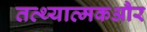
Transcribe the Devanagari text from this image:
तत्थ्यात्मकऔर